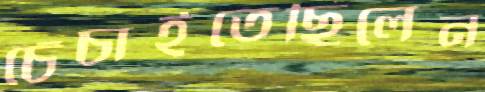
চেঁচাইতেছিলেন